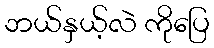
ဘယ်နှယ့်လဲ ကိုပြေ